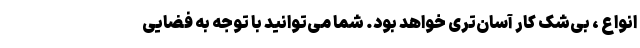
انواع ، بی‌شک کار آسان‌تری خواهد بود. شما می‌توانید با توجه به فضایی